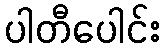
ပါတီပေါင်း